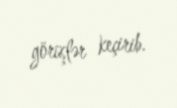
görüşlər keçirib.